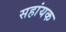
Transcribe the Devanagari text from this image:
सहांयक